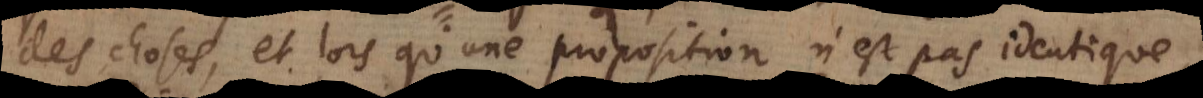
des choses, et lors qu’une proposition n’est pas identique,